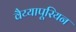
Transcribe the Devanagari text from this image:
वैय्यापूरियन